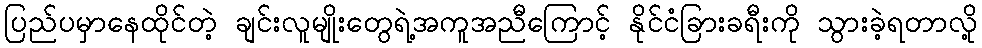
ပြည်ပမှာနေထိုင်တဲ့ ချင်းလူမျိုးတွေရဲ့အကူအညီကြောင့် နိုင်ငံခြားခရီးကို သွားခဲ့ရတာလို့